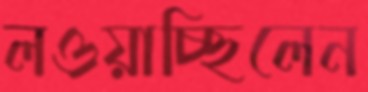
লওয়াচ্ছিলেন